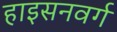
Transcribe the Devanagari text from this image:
हाइसनवर्ग